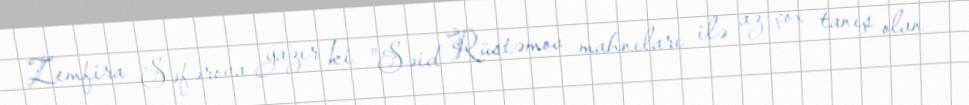
Zemfira Səfərova yazır ki "Səid Rüstəmov mahnıları ilə az-çox tanış olan